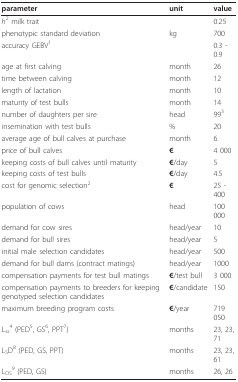
<table><thead><tr><td><b>parameter</b></td><td><b>unit</b></td><td><b>value</b></td></tr></thead><tbody><tr><td><i>h</i><sup>2 </sup>milk trait</td><td></td><td>0.25</td></tr><tr><td>phenotypic standard deviation</td><td>kg</td><td>700</td></tr><tr><td>accuracy GEBV<sup>1</sup></td><td></td><td>0.3 - 0.9</td></tr><tr><td>age at first calving</td><td>month</td><td>26</td></tr><tr><td>time between calving</td><td>month</td><td>12</td></tr><tr><td>length of lactation</td><td>month</td><td>10</td></tr><tr><td>maturity of test bulls</td><td>month</td><td>14</td></tr><tr><td>number of daughters per sire</td><td>head</td><td>99<sup>3</sup></td></tr><tr><td>insemination with test bulls</td><td>%</td><td>20</td></tr><tr><td>average age of bull calves at purchase</td><td>month</td><td>6</td></tr><tr><td>price of bull calves</td><td><b>€</b></td><td>4 000</td></tr><tr><td>keeping costs of bull calves until maturity</td><td><b>€</b>/day</td><td>5</td></tr><tr><td>keeping costs of test bulls</td><td><b>€</b>/day</td><td>4.5</td></tr><tr><td>cost for genomic selection<sup>2</sup></td><td><b>€</b></td><td>25 - 400</td></tr><tr><td>population of cows</td><td>head</td><td>100 000</td></tr><tr><td>demand for cow sires</td><td>head/year</td><td>10</td></tr><tr><td>demand for bull sires</td><td>head/year</td><td>5</td></tr><tr><td>initial male selection candidates</td><td>head/year</td><td>500</td></tr><tr><td>demand for bull dams (contract matings)</td><td>head/year</td><td>1000</td></tr><tr><td>compensation payments for test bull matings</td><td><b>€</b>/test bull</td><td>3 000</td></tr><tr><td>compensation payments to breeders for keeping genotyped selection candidates</td><td><b>€</b>/candidate</td><td>150</td></tr><tr><td>maximum breeding program costs</td><td><b>€</b>/year</td><td>719 050</td></tr><tr><td>L<sub>ss</sub><sup>4 </sup>(PED<sup>5</sup>, GS<sup>6</sup>, PPT<sup>7</sup>)</td><td>months</td><td>23, 23, 71</td></tr><tr><td>L<sub>S</sub>D<sup>8 </sup>(PED, GS, PPT)</td><td>months</td><td>23, 23, 61</td></tr><tr><td>L<sub>DS</sub><sup>9 </sup>(PED, GS)</td><td>months</td><td>26, 26</td></tr></tbody></table>